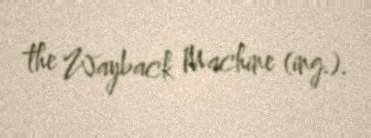
the Wayback Machine (ing.).